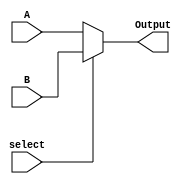
`timescale 1ns / 1ps
//////////////////////////////////////////////////////////////////////////////////
// Company: 
// Engineer: 
// 
// Design Name: 
// Module Name: mux_2x1
// Project Name: 
// Target Devices: 
// Tool Versions: 
// Description: 
// 
// Dependencies: 
// 
// Revision:
// Revision 0.01 - File Created
// Additional Comments:
// 
//////////////////////////////////////////////////////////////////////////////////


module mux_2x1(input A,B,select,output Output);
assign Output = (select) ? B:A;
endmodule